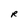
Character: R